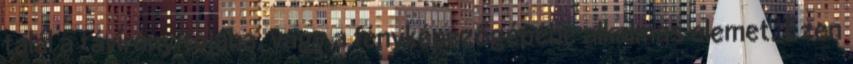
talál a távirányítójába, vagy a fényképezőgépébe alkalmas elemet. Ezen